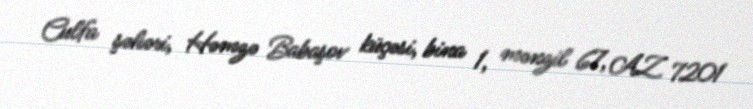
Culfa şəhəri, Həmzə Babaşov küçəsi, bina 1, mənzil 67, AZ 7201